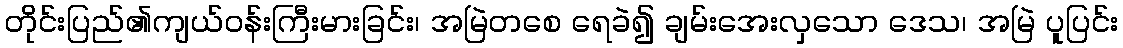
တိုင်းပြည်၏ကျယ်ဝန်းကြီးမားခြင်း၊ အမြဲတစေ ရေခဲ၍ ချမ်းအေးလှသော ဒေသ၊ အမြဲ ပူပြင်း